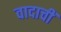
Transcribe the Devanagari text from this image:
वादाचीं